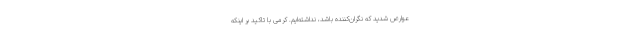
عوارض شدید که نگران‌کننده باشد، نداشته‌ایم. کرمی با تاکید بر اینکه